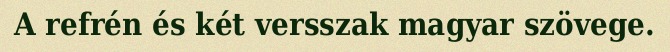
A refrén és két versszak magyar szövege.